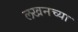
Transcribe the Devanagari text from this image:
लखनच्या